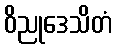
ဝိညုဒေသိတံ